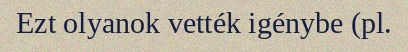
Ezt olyanok vették igénybe (pl.